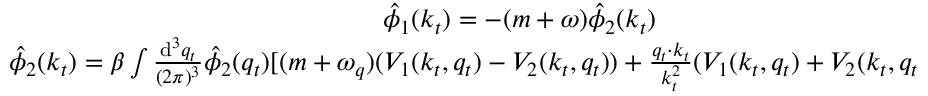
\begin{array} { c } { { \hat { \phi } _ { 1 } ( k _ { t } ) = - ( m + \omega ) \hat { \phi } _ { 2 } ( k _ { t } ) } } \\ { { \hat { \phi } _ { 2 } ( k _ { t } ) = \beta \int \frac { \mathrm { d } ^ { 3 } q _ { t } } { ( 2 \pi ) ^ { 3 } } \hat { \phi } _ { 2 } ( q _ { t } ) [ ( m + \omega _ { q } ) ( V _ { 1 } ( k _ { t } , q _ { t } ) - V _ { 2 } ( k _ { t } , q _ { t } ) ) + \frac { q _ { t } \cdot k _ { t } } { k _ { t } ^ { 2 } } ( V _ { 1 } ( k _ { t } , q _ { t } ) + V _ { 2 } ( k _ { t } , q _ { t } ) ) ( m - \omega ) ] } } \end{array}